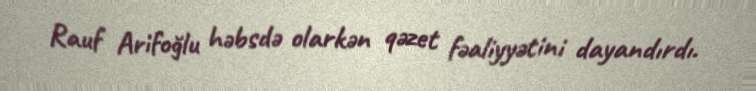
Rauf Arifoğlu həbsdə olarkən qəzet fəaliyyətini dayandırdı.